Annual report on the working of the mental hospitals in the Madras Presidency - 1912-1932
Year: 1912
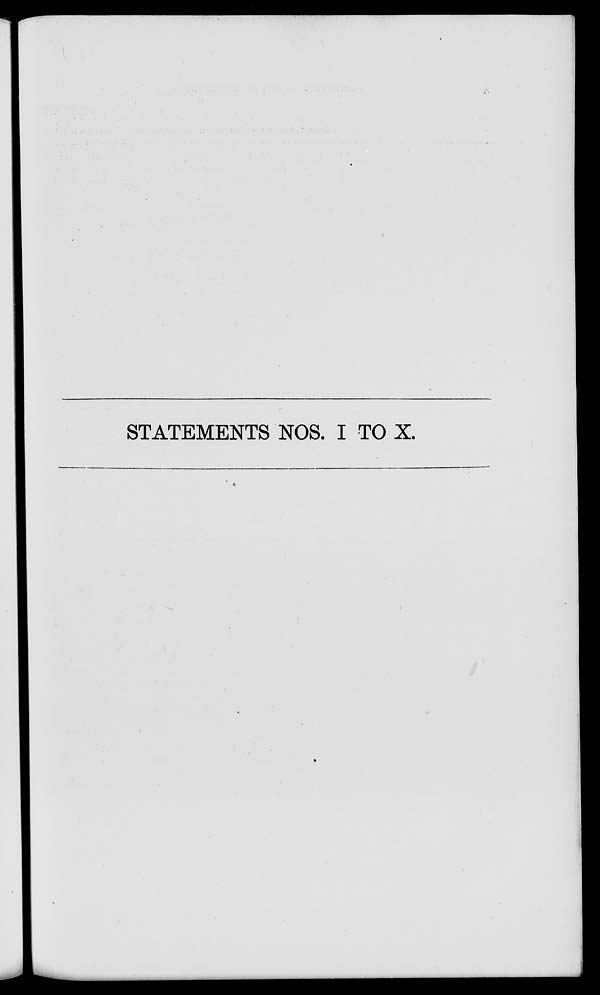
STATEMENTS NOS. I TO X.